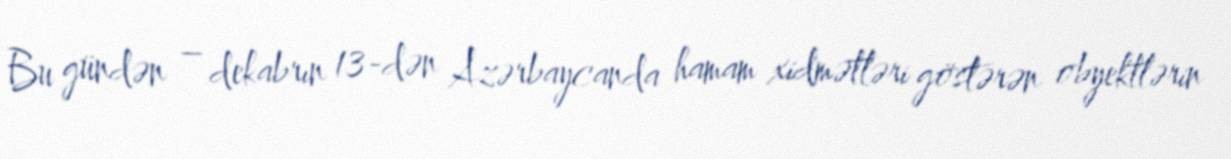
Bu gündən – dekabrın 13-dən Azərbaycanda hamam xidmətləri göstərən obyektlərin